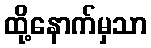
ထို့နောက်မှသာ